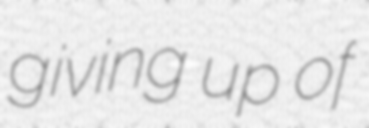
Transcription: giving up of